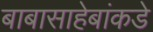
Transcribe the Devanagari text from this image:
बाबासाहेबांकडे